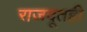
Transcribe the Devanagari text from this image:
राजदूतही